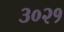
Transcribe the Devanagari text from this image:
३०२१